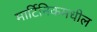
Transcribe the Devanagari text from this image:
मार्टिनिकमधील